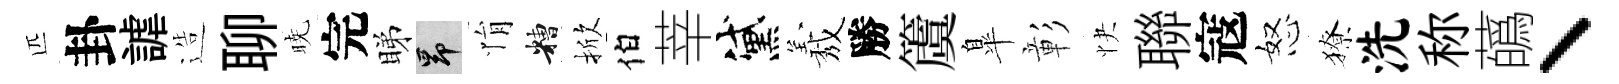
匹卦謔造聊暁完睇昂悁糟掀伯莘黛𦏁勝𥵂臯彰快聯寇怒獠洗称蘤丶